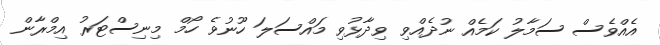
އެއްވެސް ސަމާލު ކަމެއް ނުދެއްވި ވިދާޅުވި މައްސަލަ ހޫނުވެ ހޯމް މިނިސްޓަރު އިމްރާން